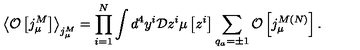
\left< { \cal O } \left[ j _ { \mu } ^ { M } \right] \right> _ { j _ { \mu } ^ { M } } = \prod _ { i = 1 } ^ { N } \int d ^ { 4 } y ^ { i } { \cal D } z ^ { i } \mu \left[ z ^ { i } \right] \sum _ { q _ { a } = \pm 1 } ^ { } { \cal O } \left[ j _ { \mu } ^ { M { } ( N ) } \right] .